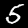
Label: 5